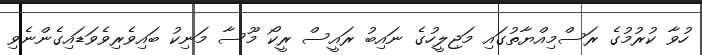
ހުވާ ކުރުމުގެ ރަސްމިއްޔާތުގައި މަޖިލީހުގެ ނައިބު ރައީސް ރީކޯ މޫސާ މަނިކު ބައިވެރިވެވަޑައިގެންނެވި